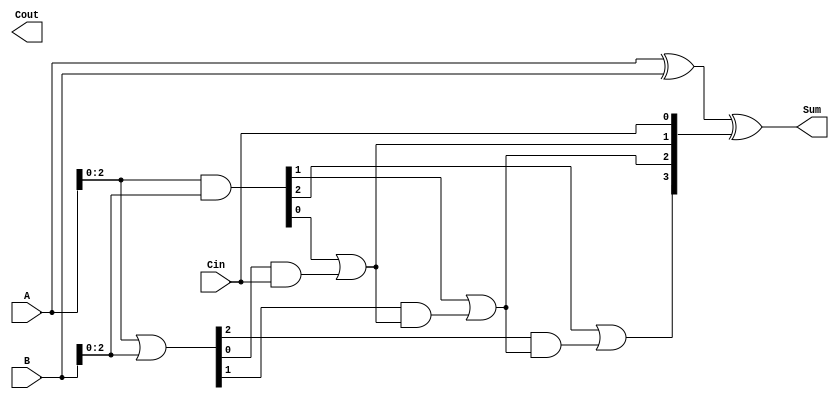
module LingAdder #(parameter n = 4) (
    input  [n-1:0] A,      // First n-bit input
    input  [n-1:0] B,      // Second n-bit input
    input          Cin,     // Input carry
    output [n-1:0] Sum,     // n-bit sum output
    output         Cout      // Carry out
);

    // Generate and Propagate signals
    wire [n-1:0] G; // Generate signals
    wire [n-1:0] P; // Propagate signals
    wire [n:0] C;   // Carry signals

    // Generate and Propagate logic
    assign G = A & B;          // G[i] = A[i] AND B[i]
    assign P = A | B;          // P[i] = A[i] OR B[i]

    // Carry generation logic
    assign C[0] = Cin;         // C[0] = Cin
    genvar i;
    generate
        for (i = 1; i < n; i = i + 1) begin : carry_gen
            assign C[i] = G[i-1] | (P[i-1] & C[i-1]); // C[i] = G[i-1] OR (P[i-1] AND C[i-1])
        end
    endgenerate
    assign C[n] = G[n-1] | (P[n-1] & C[n-1]); // Cout = G[n-1] OR (P[n-1] AND C[n-1])

    // Sum calculation
    assign Sum = A ^ B ^ C[n-1:0]; // Sum[i] = A[i] XOR B[i] XOR C[i]

endmodule